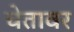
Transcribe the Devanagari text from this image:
चेतावर